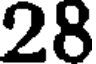
28